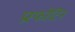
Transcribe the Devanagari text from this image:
प्रस्फोटिन